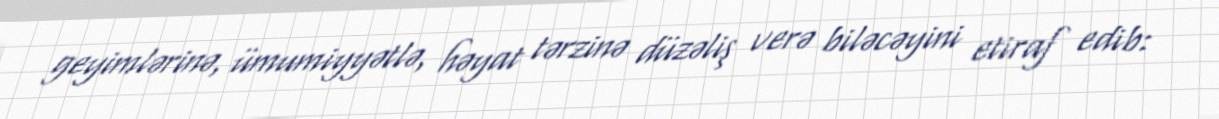
geyimlərinə, ümumiyyətlə, həyat tərzinə düzəliş verə biləcəyini etiraf edib: